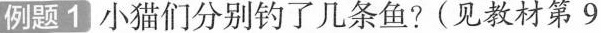
例题1 小猫们分别钓了几条鱼?(见教材第9